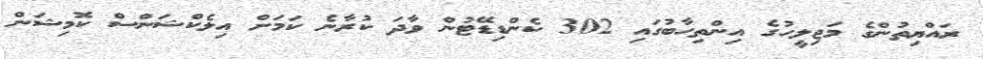
ރައްޔިތުންގެ މަޖިލީހުގެ އިންތިހާބުގައި 302 ކެންޑިޑޭޓުން ވާދަ ކުރާނެ ކަމަށް އިލެކްޝަންސް ކޮމިޝަން